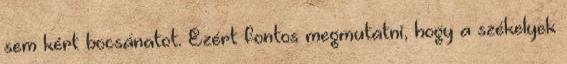
sem kért bocsánatot. Ezért fontos megmutatni, hogy a székelyek